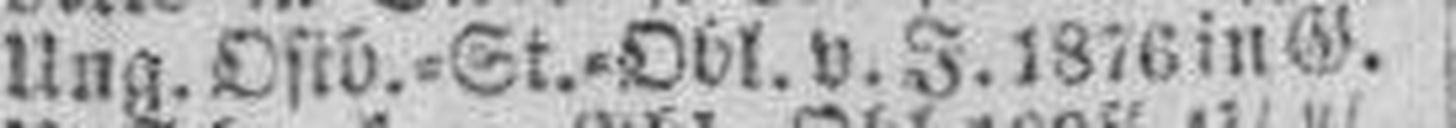
Ung. Ostb.=St.=Obl. v. J. 1876 in G.